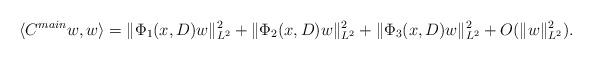
LaTeX: \begin{align*}\langle C^{main} w, w \rangle = \| \Phi_1(x,D) w\|_{L^2}^2 + \| \Phi_2(x,D) w\|_{L^2}^2 + \| \Phi_3(x,D) w\|_{L^2}^2 + O(\| w\|_{L^2}^2).\end{align*}